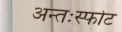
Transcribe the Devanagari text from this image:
अन्तःस्फोट